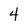
Character: 4